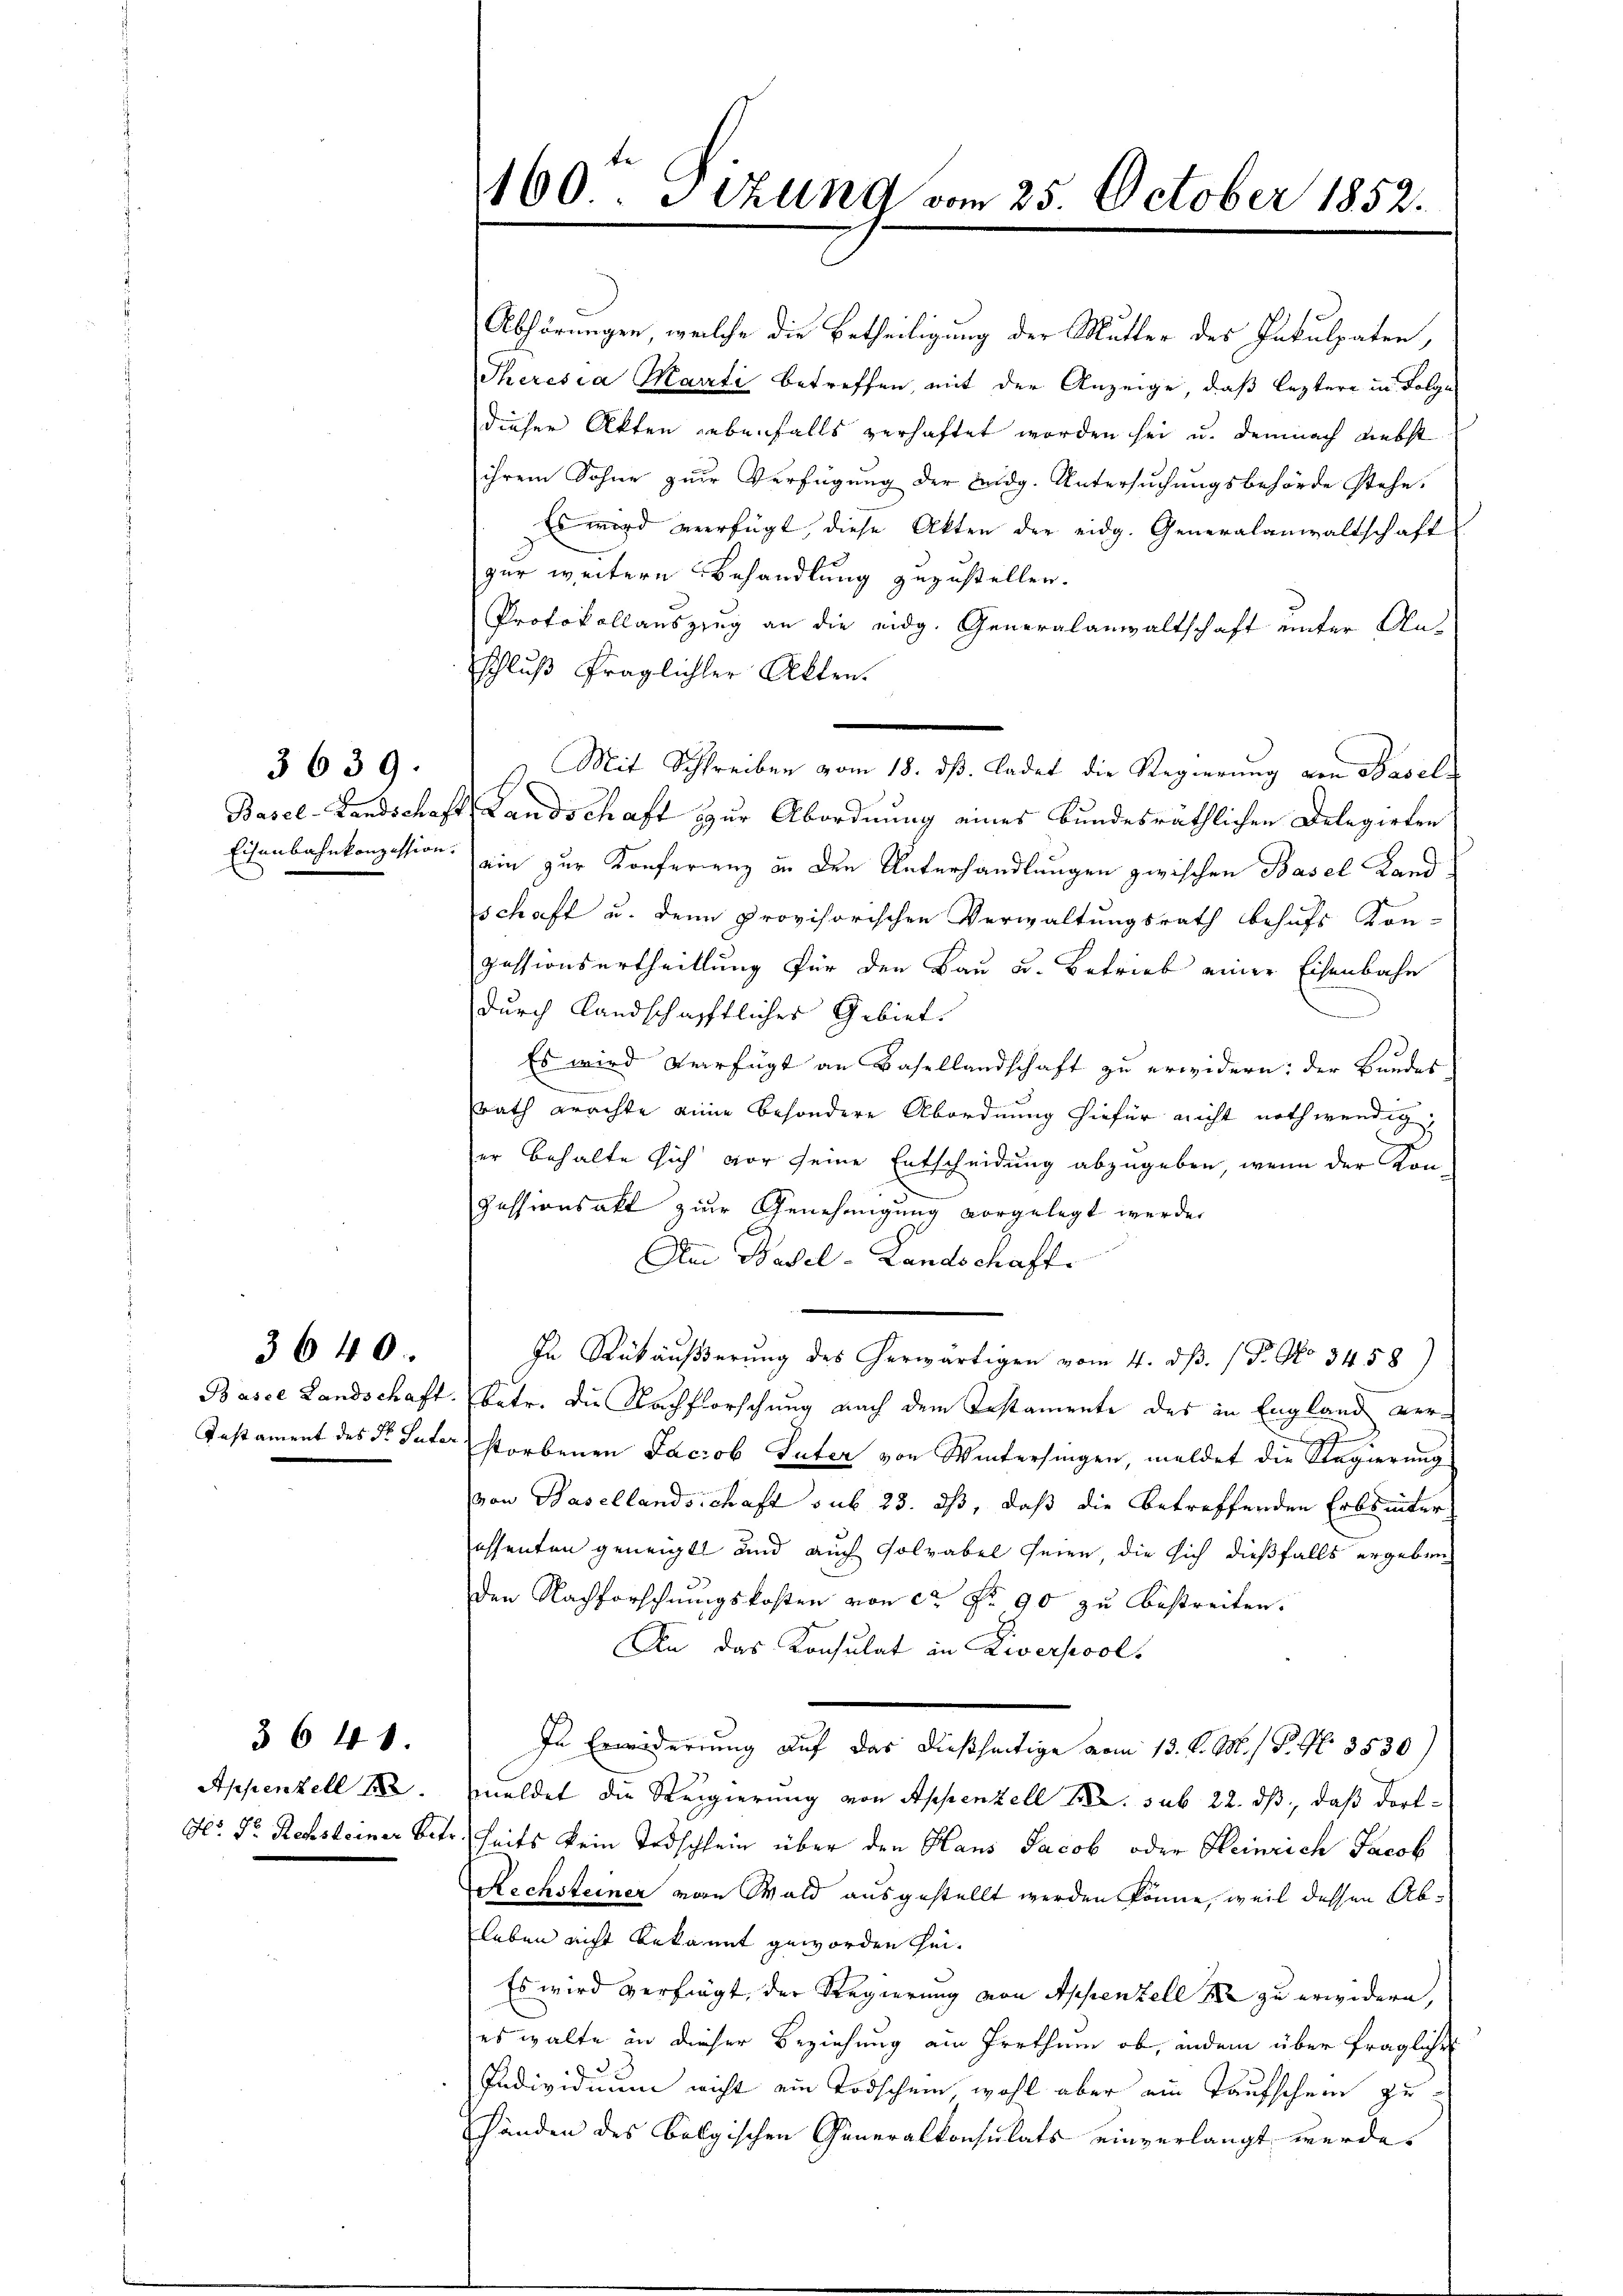
3639.

3640.

3640.
Appenzell 18
Hr. Dr. Rechsteiner Betr

160. Sitzung vom 25. October 1852.

Abhörungen, welche die Betheiligung der Mutter des Fakulpaten,
Theresia Marti betreffen, mit der Anzeige, daß leztere in Folge
dieser Akten Lebenfalls verhaftet worden sei u. demnach Liebst
ihrem Sohne zur Verfügung der Bidg. Untersuchungsbehörde stehe.
Es wird verfügt, diese Akten der eidg. Generalanwaltschaft
zur weitere Behandlung zuzustellen.
Protokollauszzug an die eidg. Generalanwaltschaft unter Anschluß fraglichter Akten.
Basel-Landschaft Landschaft zur Abordnung eines Bundesräthlichen Delegirten
Eisenbahnkonzession ein zur Konferenz in den Unterhandlungen zwischen Basel Land-
schaft u. denn provisorischen Verwaltungsrath behufs Kon-
pessionsurtheillung für den Bau u. Betrieb einer Eisenbahn
durch landschafftliches Gebiet.
Es wird verfügt an Basellandschaft zu erwidern: der Bundes
rath erachte eine besondere Abordnung hiefür nicht nothwendig,
J
er behalte sich vor seine Entscheidung abzugeben, wenn der Kon-
Pessionsakt zur Genehmigung vorgelegt werden
Am Basel-Landschaft.
In Rükäußerung des herwärtigen vom 4. dß. (T. No 3458)
Basse Landschaft. Ebetr. die Nachforschung nach dem Testamente des in England ver¬
Instament des Dr. Paterstorbenen Jacob Suter von Wintersingen, meldet die Regierung
von Hasellandschaft sub 23. ds, daß die betreffenden Erbsinter
össenten geneigt und auch solvabel seien, die sich dießfalls ergeben
den Nachforschnungskosten von ca Fr. 90 zu bestreiten.
An das Konsulat in Liverpools
In Erwiderung auf das dießseitige vom 13. d. M. h. P. Nr. 3530)
meldet die Regierung von Appenzell Kr. sub 22. dß, daß dortseits kein Todschlein über den Haus Jacob oder Heinrich Jacob
Rechsteiner von Wald ausgestellt werden könne, weil dessen Ableben nicht bekannt geworden hei¬
Es wird verfragt, der Regierung von Appenzell zu erwidern,
es walte an dieser Beziehung ein Irrthum ob, indern über fragliche
Individuum nicht ein Todschein wohl aber ein Taufschein zu
Händen des bolgischen Generalkonsulats einverlangt werde.

Mit Schreiben vom 18. dβ. ladet die Regierung von Basel-